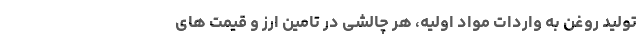
تولید روغن به واردات مواد اولیه، هر چالشی در تامین ارز و قیمت های